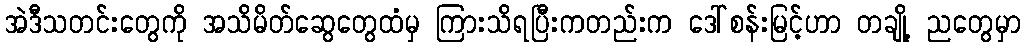
အဲဒီသတင်းတွေကို အသိမိတ်ဆွေတွေထံမှ ကြားသိရပြီးကတည်းက ဒေါ်စန်းမြင့်ဟာ တချို့ ညတွေမှာ